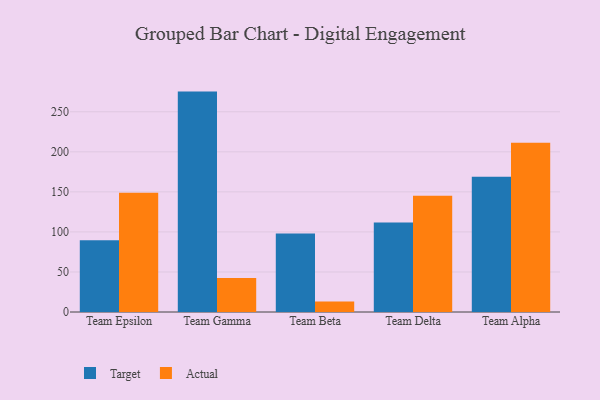
{"axis": {"x": "Team", "y": "Bounce Rate (%)"}, "legend": ["Actual", "Target"], "data": [{"x": "Team Epsilon", "y": 89.6, "type": "Target"}, {"x": "Team Epsilon", "y": 148.8, "type": "Actual"}, {"x": "Team Gamma", "y": 275.2, "type": "Target"}, {"x": "Team Gamma", "y": 42.6, "type": "Actual"}, {"x": "Team Beta", "y": 98.0, "type": "Target"}, {"x": "Team Beta", "y": 13.2, "type": "Actual"}, {"x": "Team Delta", "y": 111.8, "type": "Target"}, {"x": "Team Delta", "y": 145.1, "type": "Actual"}, {"x": "Team Alpha", "y": 168.9, "type": "Target"}, {"x": "Team Alpha", "y": 211.2, "type": "Actual"}]}